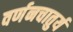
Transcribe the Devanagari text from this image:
वर्णनचातुर्य